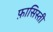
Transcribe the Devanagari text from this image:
फ़ासिस्ती